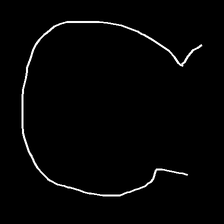
Glyph: weave